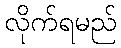
လိုက်ရမည်